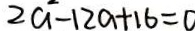
2 a - 1 2 a + 1 6 = 0